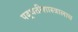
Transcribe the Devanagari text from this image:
पद्धतीशास्त्रालाच